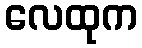
လေထုက